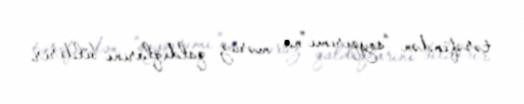
tərəfindən “soyqırımı”na məruz qaldıqlarını bildirir.